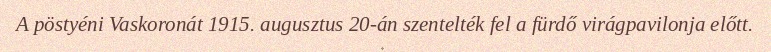
A pöstyéni Vaskoronát 1915. augusztus 20-án szentelték fel a fürdő virágpavilonja előtt.